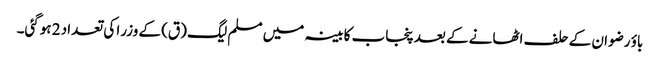
باؤ رضوان کے حلف اٹھانے کے بعد پنجاب کابینہ میں مسلم لیگ (ق) کے وزرا کی تعداد 2 ہوگئی۔